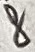
Text: 8